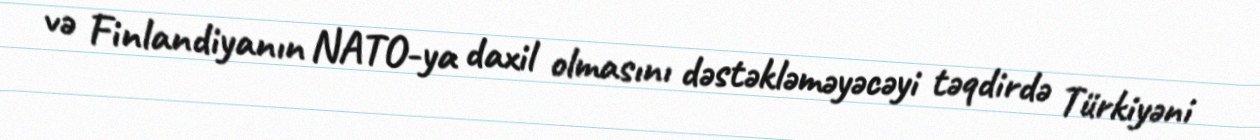
və Finlandiyanın NATO-ya daxil olmasını dəstəkləməyəcəyi təqdirdə Türkiyəni